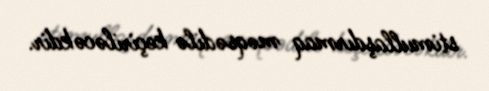
stimullaşdırmaq məqsədilə keçiriləcəkdir.